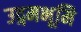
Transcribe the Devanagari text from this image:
उद्गमभूमि